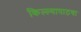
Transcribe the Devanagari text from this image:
किल्ल्यापाठचा